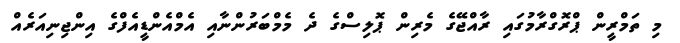
މި ތަމްރީން ޕްރޮގްރާމުގައި ރާއްޖޭގެ މެރިން ޕޮލިސްގެ ދެ މެމްބަރުންނާއި އެމްއެންޑީއެފްގެ އިންޖިނިއަރެއް